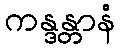
ကန္ဒန္တာနံ